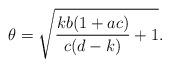
LaTeX: \begin{align*}\theta=\sqrt{\frac{kb(1+ac)}{c(d-k)}+1}.\end{align*}